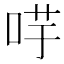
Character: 𭇻